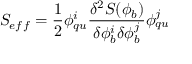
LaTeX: S _ { e f f } = \frac { 1 } { 2 } \phi _ { q u } ^ { i } \frac { \delta ^ { 2 } S ( \phi _ { b } ) } { \delta \phi _ { b } ^ { i } \delta \phi _ { b } ^ { j } } \phi _ { q u } ^ { j }